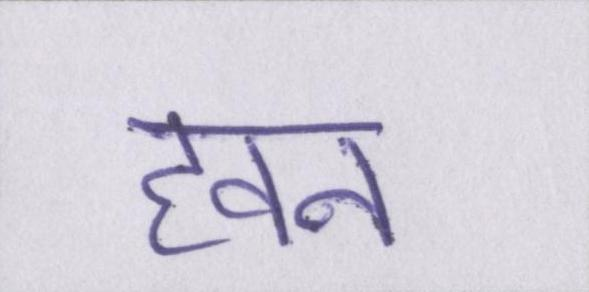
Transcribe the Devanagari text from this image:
हवन